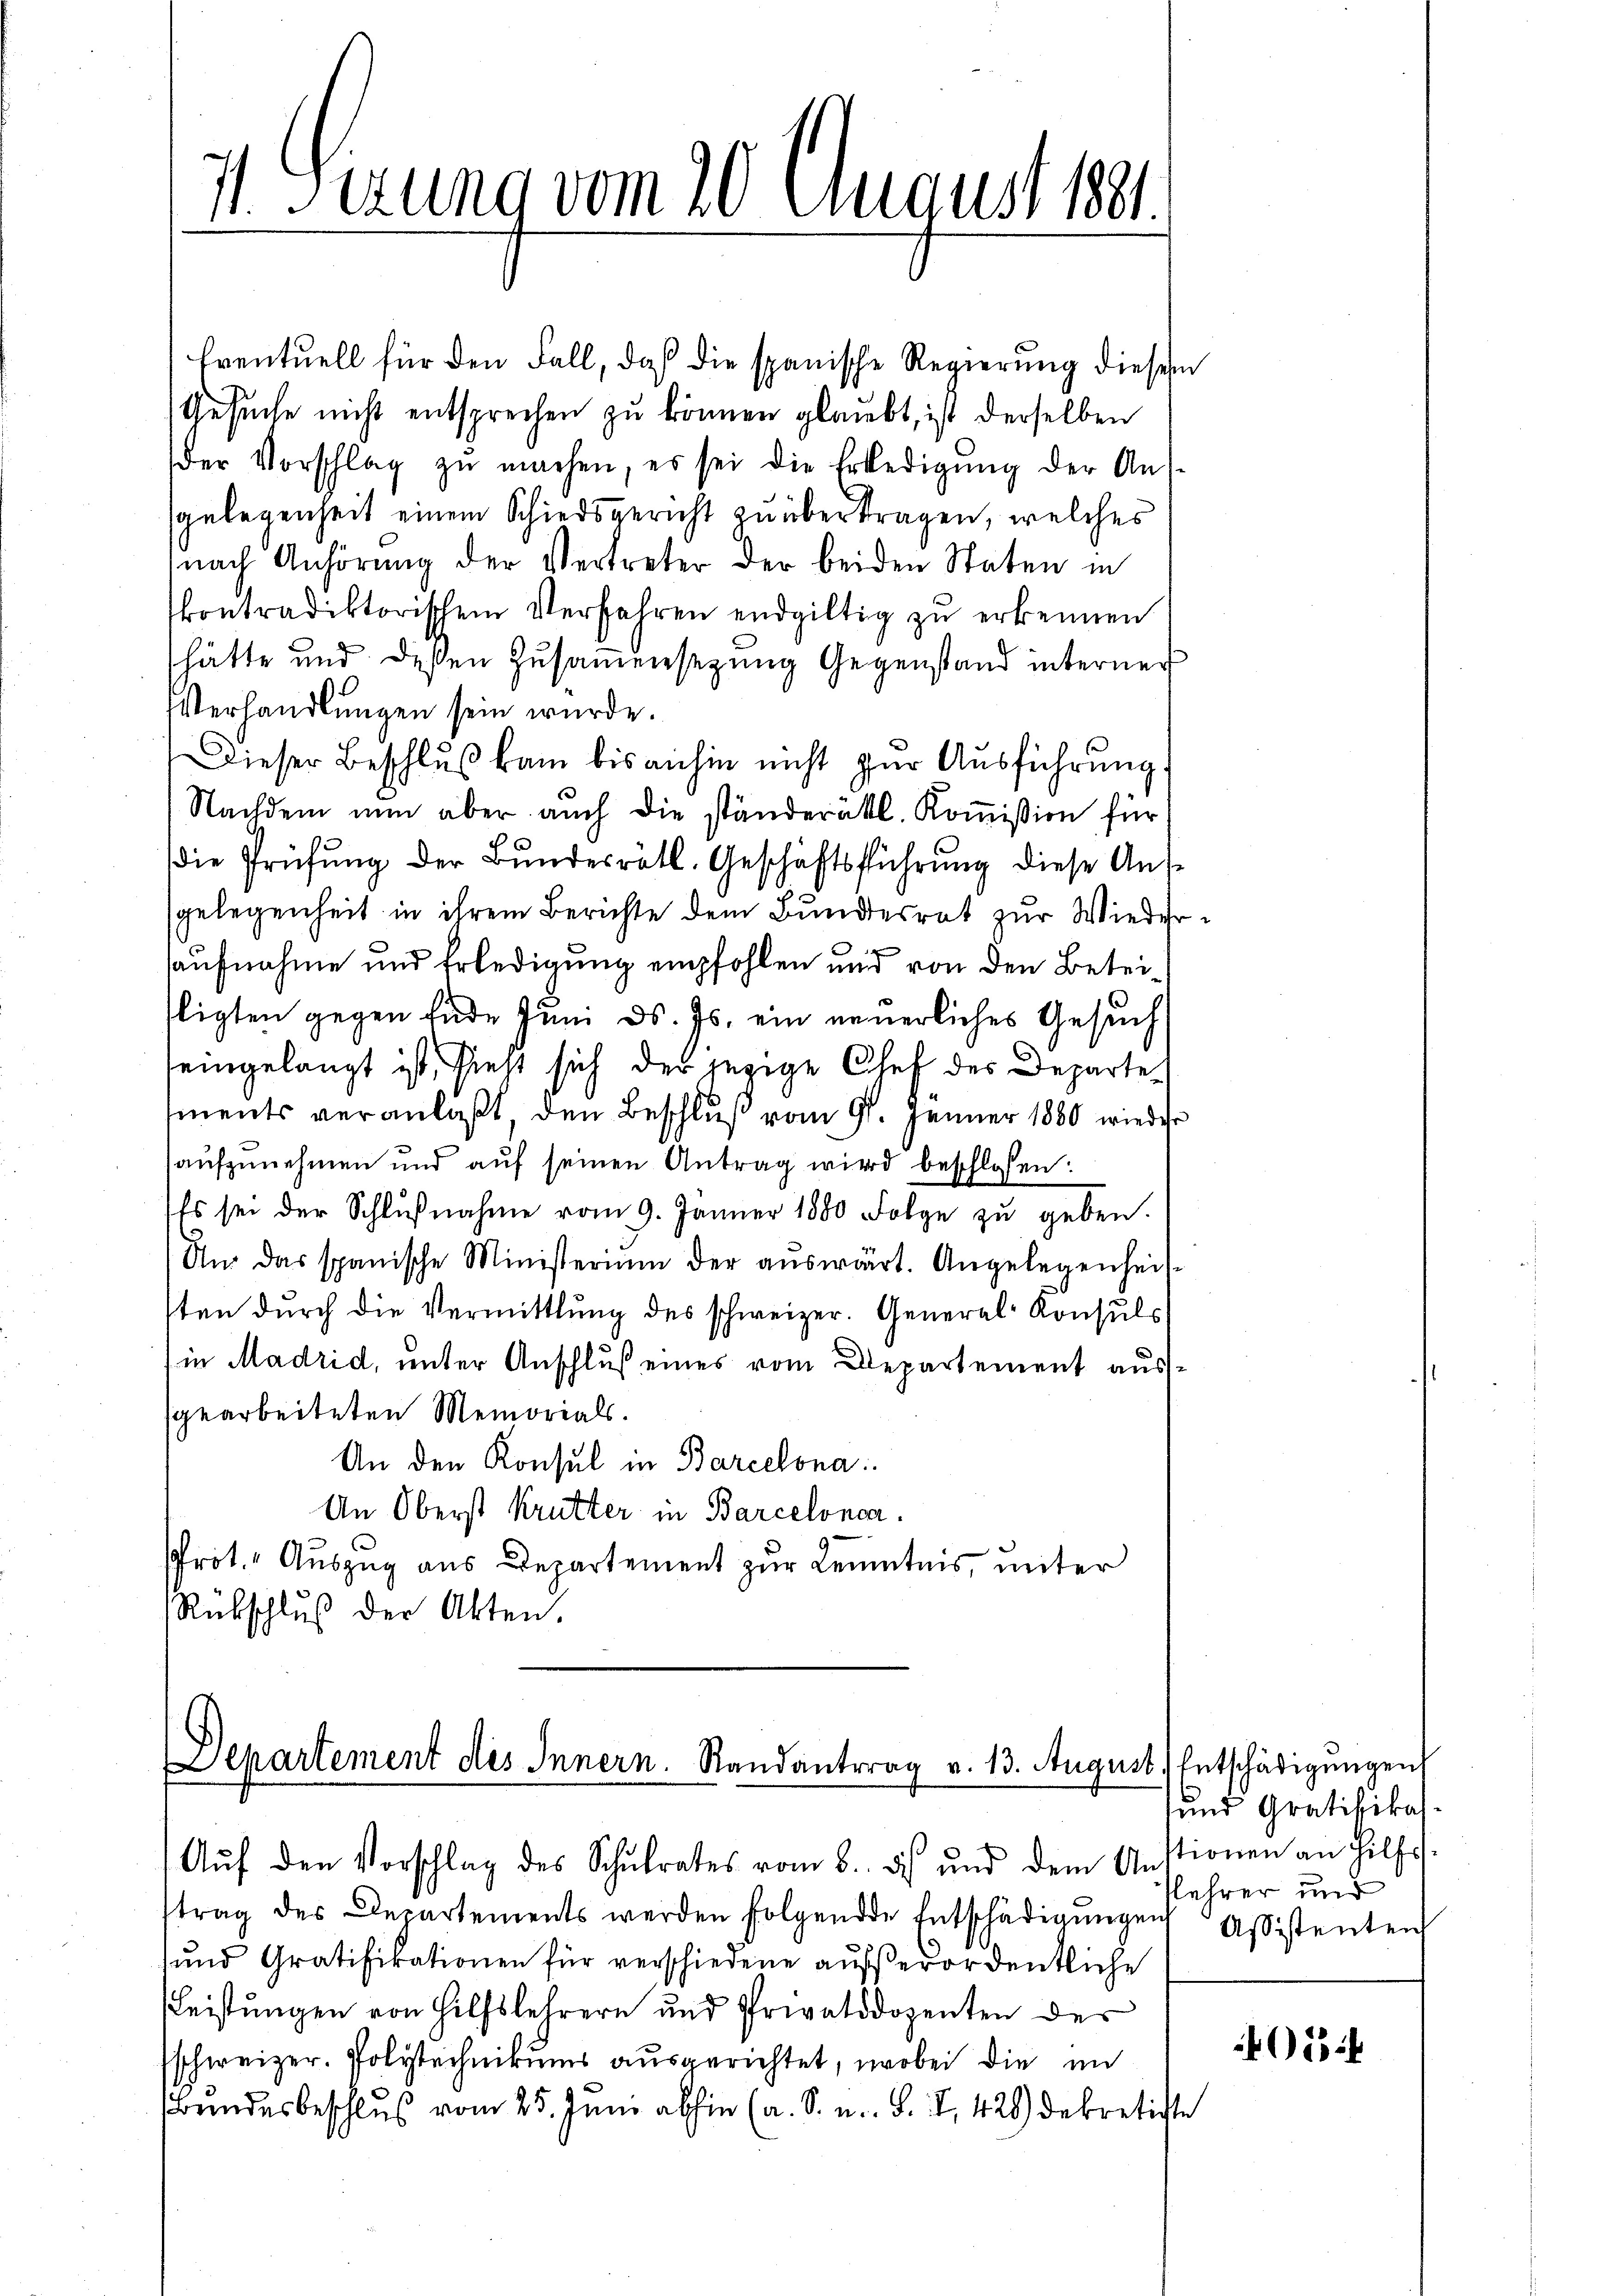
11. Sezung vom 20. August 1891.

Eventuell für den Fall, daß die spanische Regierung diesem
Gesŭche nicht entsprechen zu können glaubt, ist derselben
der Vorschlag zŭ machen, es sei die Erledigŭng der Aus-
sgelegenheit einem Schiedsgericht zu übertragen, welches
nach Anhörung der Vertreter der beiden Staten in
kontradiktorischem Verfahren endgültig zu erkennen
hätte und dessen Zŭsaṁensezung Gegenstand interner
Verhandlungen sein wurde.
Dieser Beschlŭβ kam bis anhin nicht zŭr Aŭsführŭng,
Nachdem nun aber auch die ständerätl. Koṁission für
die Prüfung der Bundesrätl. Geschäftsführung diese Anse
sgelegenheit in ihrem Berichte dem Bundesrat zur Wiederaufnahme und Erledigung empfohlen und von den Beteisligten gegen Ende Juni d. Js. ein neuerliches Gesuch
eingelangt ist, sieht sich der jezige Chef des Departe
iments veranlaßt, den Beschluß vom 9. Jänner 1880 wieder
aufzunehmen und auf seinen Antrag wird beschlossen:
Es sei der Schlŭβnahme vom 9. Jänner 1880 Folge zŭ geben.
Um das spanische Ministerium der aŭswärt. Angelegenheit-
sten dŭrch die Vermittlung des schweizer. General Konsŭls
in Madrid, unter Anschluß eines vom Departement aussgearbeiteten Memorials.
An den Konsul in Barcelona
An Oberst Krutter in Barcelonca.
Prot. Auszug aus Departement zur Kenntnis, unter
Rübschlŭβ der Akten.

Departement des Innern. Randantrag v. 13. August. Entschädigŭngen

Aŭf den Vorschlag des Schŭlrates vom 8. ds ŭnd dem Anstionen an Hilfs-
trag des Departements werden folgende Entschädigŭngen Assistenten
und Gratifikationen für verschiedene außerordentliche
Leistungen von Hilfslehrern und Privatdozenten des
schweizer. Polytechnikums ausgerichtet, wobei die in
Bundesbeschluß vom 25. Juni abhin (a. S. u. S. I 428) dekretiste

und Gratifika
lehrer und

405: